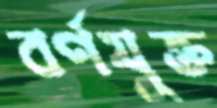
বর্ণযুক্ত